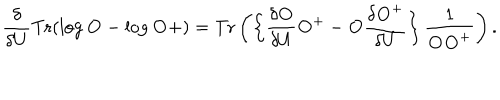
\frac { \delta } { \delta U } \mathrm { T r } ( \log { \bf O } - \log { \bf O } + ) = \mathrm { T r } \left( \left\{ \frac { \delta { \bf O } } { \delta U } { \bf O } ^ { + } - { \bf O } \frac { \delta { \bf O } ^ { + } } { \delta U } \right\} \frac { 1 } { { \bf O } { \bf O } ^ { + } } \right) .